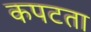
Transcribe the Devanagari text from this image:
कपटता